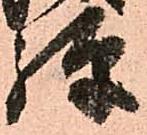
弾